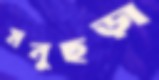
মনুছড়া